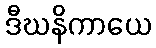
ဒီဃနိကာယေ